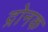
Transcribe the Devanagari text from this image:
द्रोनक